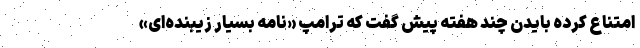
امتناع کرده بایدن چند هفته پیش گفت که ترامپ «نامه بسیار زیبنده‌ای»